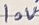
Text: 10V